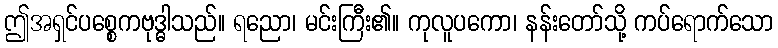
ဤအရှင်ပစ္စေကဗုဒ္ဓါသည်။ ရညော၊ မင်းကြီး၏။ ကုလူပကော၊ နန်းတော်သို့ ကပ်ရောက်သော